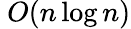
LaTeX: \ O(n\log n)